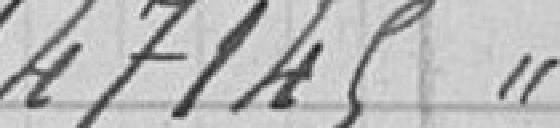
147145